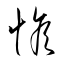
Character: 惟